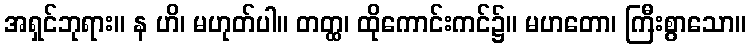
အရှင်ဘုရား။ န ဟိ၊ မဟုတ်ပါ။ တတ္ထ၊ ထိုကောင်းကင်၌။ မဟတော၊ ကြီးစွာသော။